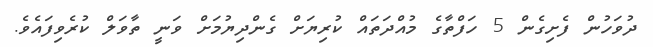
ދުވަހުން ފެށިގެން 5 ހަފްތާގެ މުއްދަތައް ކުރިޔަށް ގެންދިޔުމަށް ވަނީ ތާވަލް ކުރެވިފައެވެ.